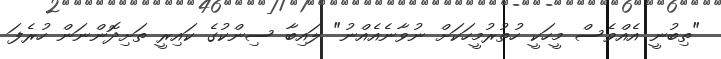
"ތިބުނީ އެއްވެސް މީހަކީ ހުތުރުމީހަކަށް ނުވާނެއެއްނު" ލައިބާ ސިންކުގެ ކައިރީ ތަށިދޮންނަން ހުރެފަ